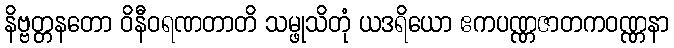
နိဗ္ဗတ္တနတော ဝိနီဝရဏတာတိ သမ္ဖုသိတုံ ယဒရိယော ဧကပဏ္ဏဇာတကဝဏ္ဏနာ